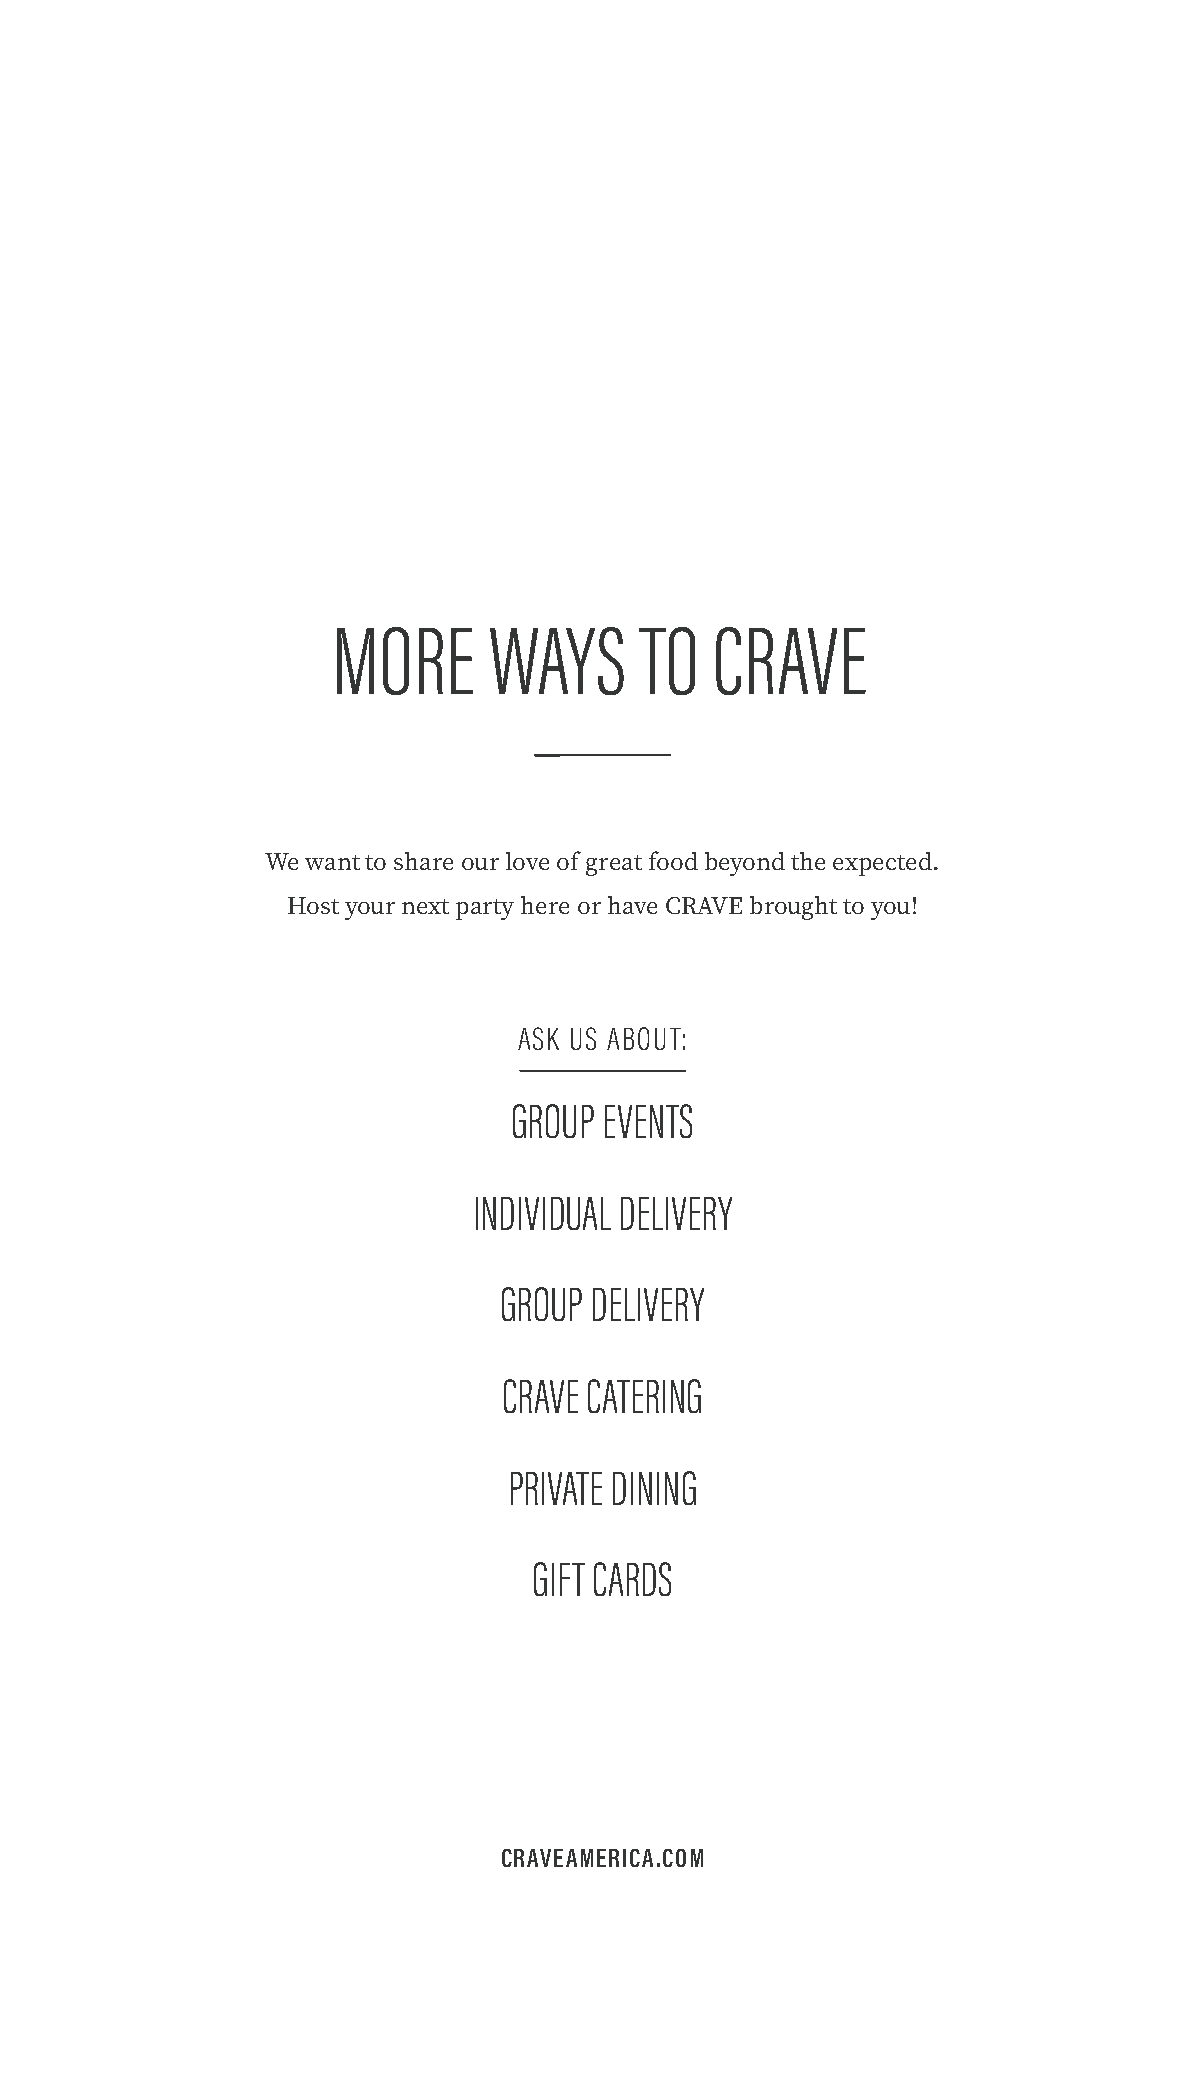
MORE      WAYS      TO   CRAVE
 We want to share our love of great food beyond the expected.
 Host your next party here or have CRAVE brought to you!
 ASK US ABOUT:
 GROUP EVENTS
 INDIVIDUAL DELIVERY
 GROUP DELIVERY
 CRAVE CATERING
 PRIVATE DINING
 GIFT CARDS
 CRAVEAMERICA.COM